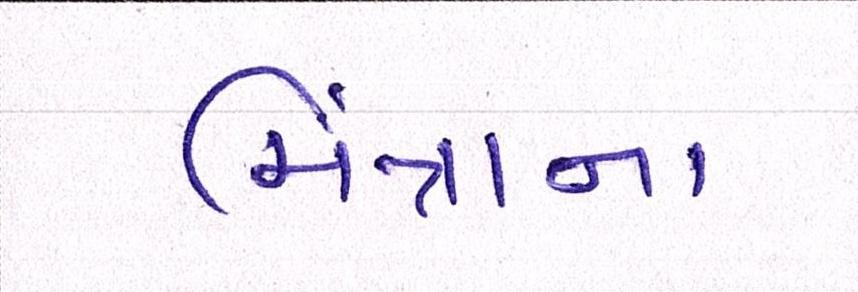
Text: મિંત્રાના